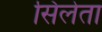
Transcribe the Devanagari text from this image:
सिलेता